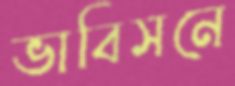
ভাবিসনে